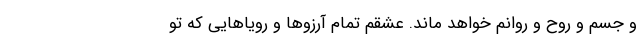
و جسم و روح و روانم خواهد ماند. عشقم تمام آرزو‌ها و رویا‌هایی که تو